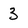
Character: 3